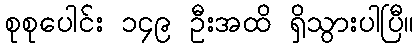
စုစုပေါင်း ၁၄၉ ဦးအထိ ရှိသွားပါပြီ။